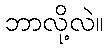
ဘာလို့လဲ။